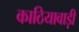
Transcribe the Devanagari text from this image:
काठियावाड़ी